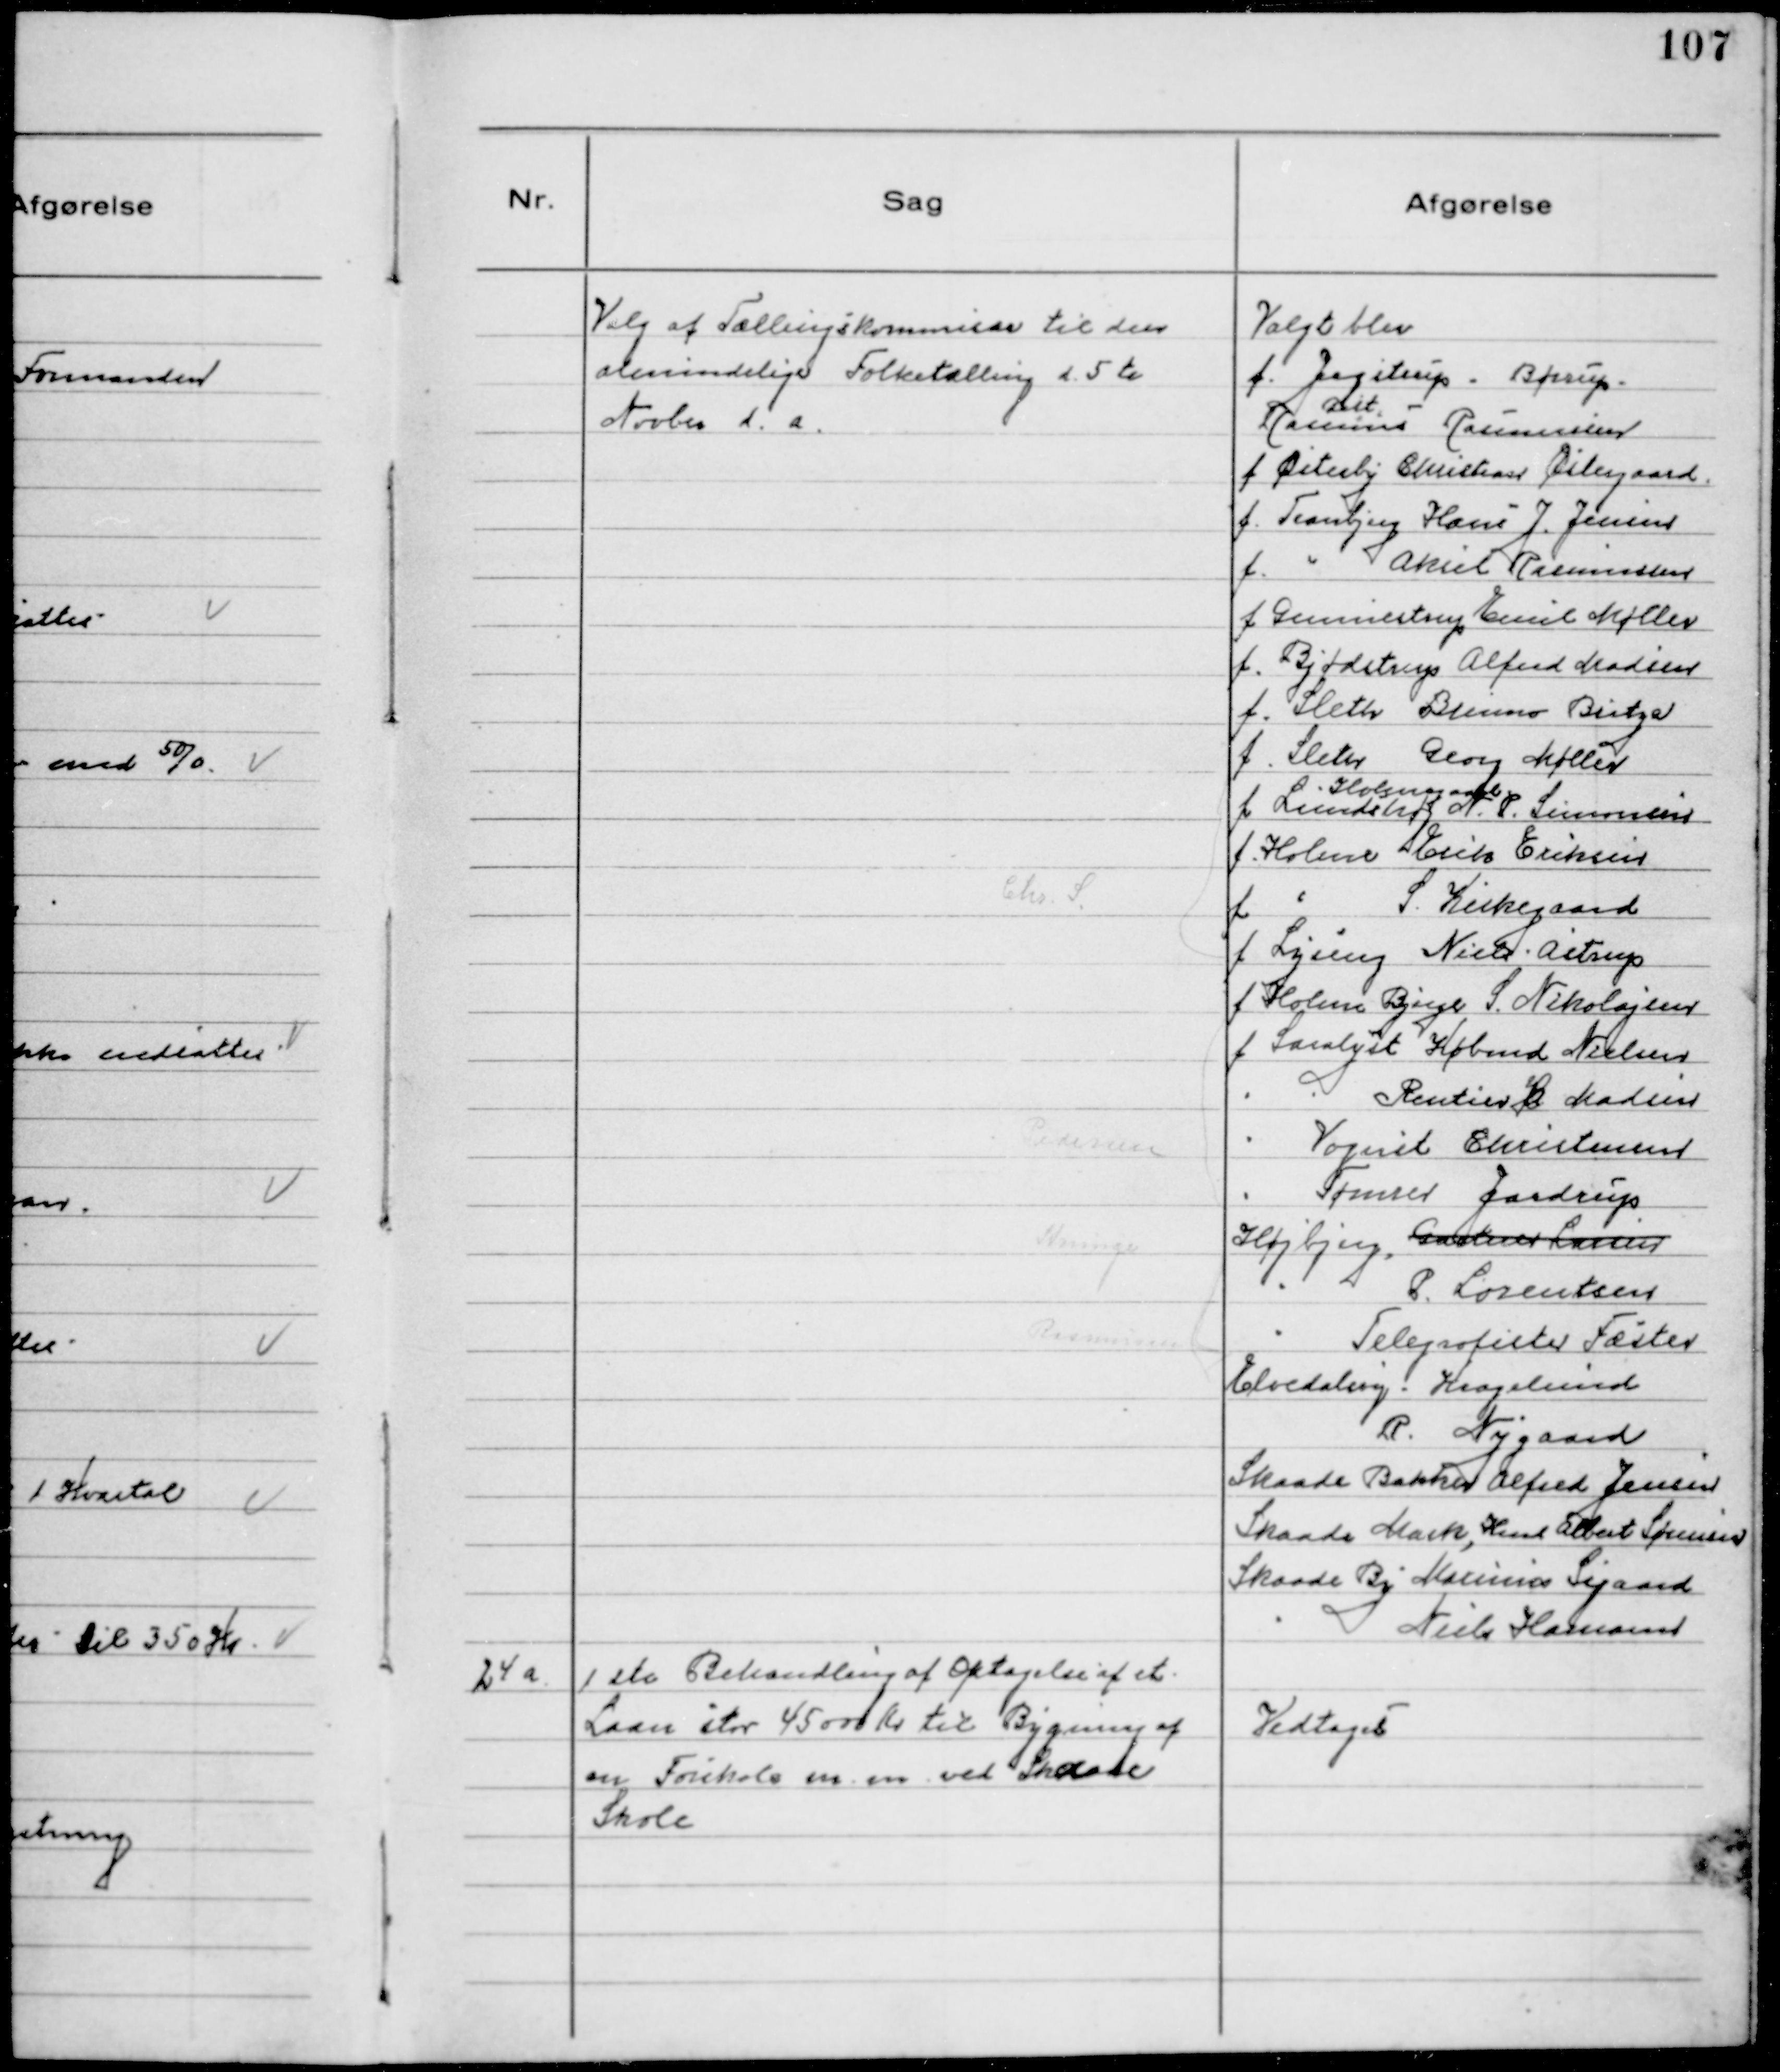
Transskription:
Valg af Tællingskommisær til den
almindelige Folketælling d. 5 te
Novbr. d. a.

Valgt blev
f. Jegstrup - Børrup.
Dit 
Rasmus Rasmussen
f. Østerby Christian Østergaard
f. Tranbjerg Hans J. Jensen
f. 
Aksel Rasmussen
f Gunnestrup Emil Møller
f. Bjødstrup Alfred Madsen
f. Sleth Bruno Britze
f. Sleth Georg Møller
Holmgaard
f Lundshøj N. P. Simonsen
f. Holme Erik Eriksen
f
S Kirkegaard
f. Lyseng Niels Astrup
f Holme Bjerge S. Nikolajsen
f Saralyst Købmd Nielsen
Rentier H Madsen
Vogmd Christensen
Tømrer Jardrup
Højbjerg, Gartner Larsen
P. Lorentsen
Telegrafisten Fæster
Elverdalsvej - Kragelund
R. Nygaard
Skaade Bakker Alfred Jensen
Skaade Mark, Hmd Albert Sørensen
Skaade By Marinus Sigaard
Niels Hamann

24 a
1 ste Behandling af Optagelse af et
Laan stor 45000 Kr til Bygning af
en Forskole m.m. ved Skaade
Skole

Vedtoges